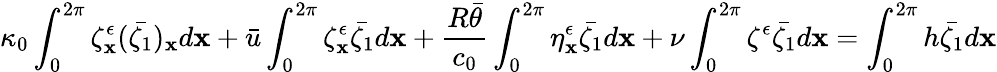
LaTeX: \kappa_{0}\int_{0}^{2\pi}\zeta_{\mathbf{x}}^{\epsilon}(\bar{{\zeta_{1}}})_{\mathbf{x}}d\mathbf{x}+\bar{{u}}\int_{0}^{2\pi}\zeta_{\mathbf{x}}^{\epsilon}\bar{{\zeta_{1}}}d\mathbf{x}+\frac{{R\bar{{\theta}}}}{{c_{0}}}\int_{0}^{2\pi}\eta_{\mathbf{x}}^{\epsilon}\bar{{\zeta_{1}}}d\mathbf{x}+\nu\int_{0}^{2\pi}\zeta^{\epsilon}\bar{{\zeta_{1}}}d\mathbf{x}=\int_{0}^{2\pi}h\bar{{\zeta_{1}}}d\mathbf{x}